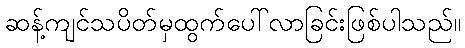
ဆန့်ကျင်သပိတ်မှထွက်ပေါ်လာခြင်းဖြစ်ပါသည်။